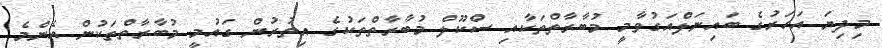
މިދިޔަ އަހަރުގެ ބައިނަލްއަގުވާމީ މުބާރާތްތަކާއި ސްކޫލް މުބާރާތްތަކުގެ އިތުރުން ގައުމީ މުބާރާތްތަކުން އެންމެ